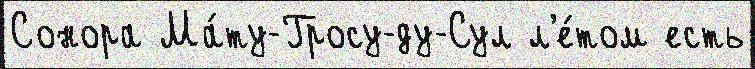
Сонора Ма́ту-Гросу-ду-Сул л'е́том есть